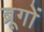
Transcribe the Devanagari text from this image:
ब्रूगों